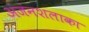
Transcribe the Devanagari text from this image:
अंजंनशलाका